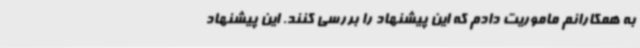
به همکارانم ماموریت دادم که این پیشنهاد را بررسی کنند. این پیشنهاد